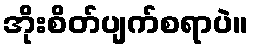
အိုးစိတ်ပျက်စရာပဲ။